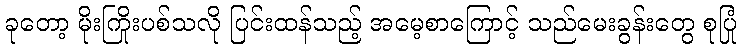
ခုတော့ မိုးကြိုးပစ်သလို ပြင်းထန်သည့် အမေ့စာကြောင့် သည်မေးခွန်းတွေ စုပြုံ